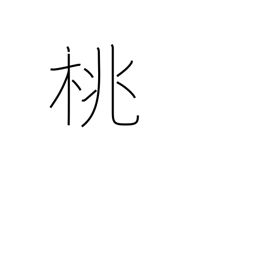
Meaning: peach